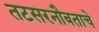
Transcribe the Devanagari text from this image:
तटसरनौबताचे